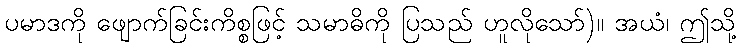
ပမာဒကို ဖျောက်ခြင်းကိစ္စဖြင့် သမာဓိကို ပြသည် ဟူလိုသော်)။ အယံ၊ ဤသို့